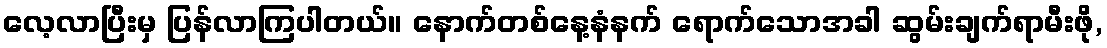
လေ့လာပြီးမှ ပြန်လာကြပါတယ်။ နောက်တစ်နေ့နံနက် ရောက်သောအခါ ဆွမ်းချက်ရာမီးဖို,